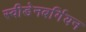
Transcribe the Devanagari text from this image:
स्वीडेनबर्गियन